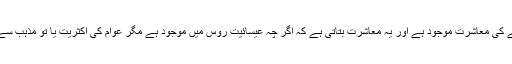
دوستووسکی کے ناولوں میں روسی انقلاب سے پہلے کی معاشرت موجود ہے اور یہ معاشرت بتاتی ہے کہ اگر چہ عیسائیت روس میں موجود ہے مگر عوام کی اکثریت یا تو مذہب سے بے زار ہوچکی ہے یا اس سے لاتعلق ہوچکی ہے۔